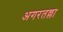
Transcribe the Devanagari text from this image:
अगरतल्ला